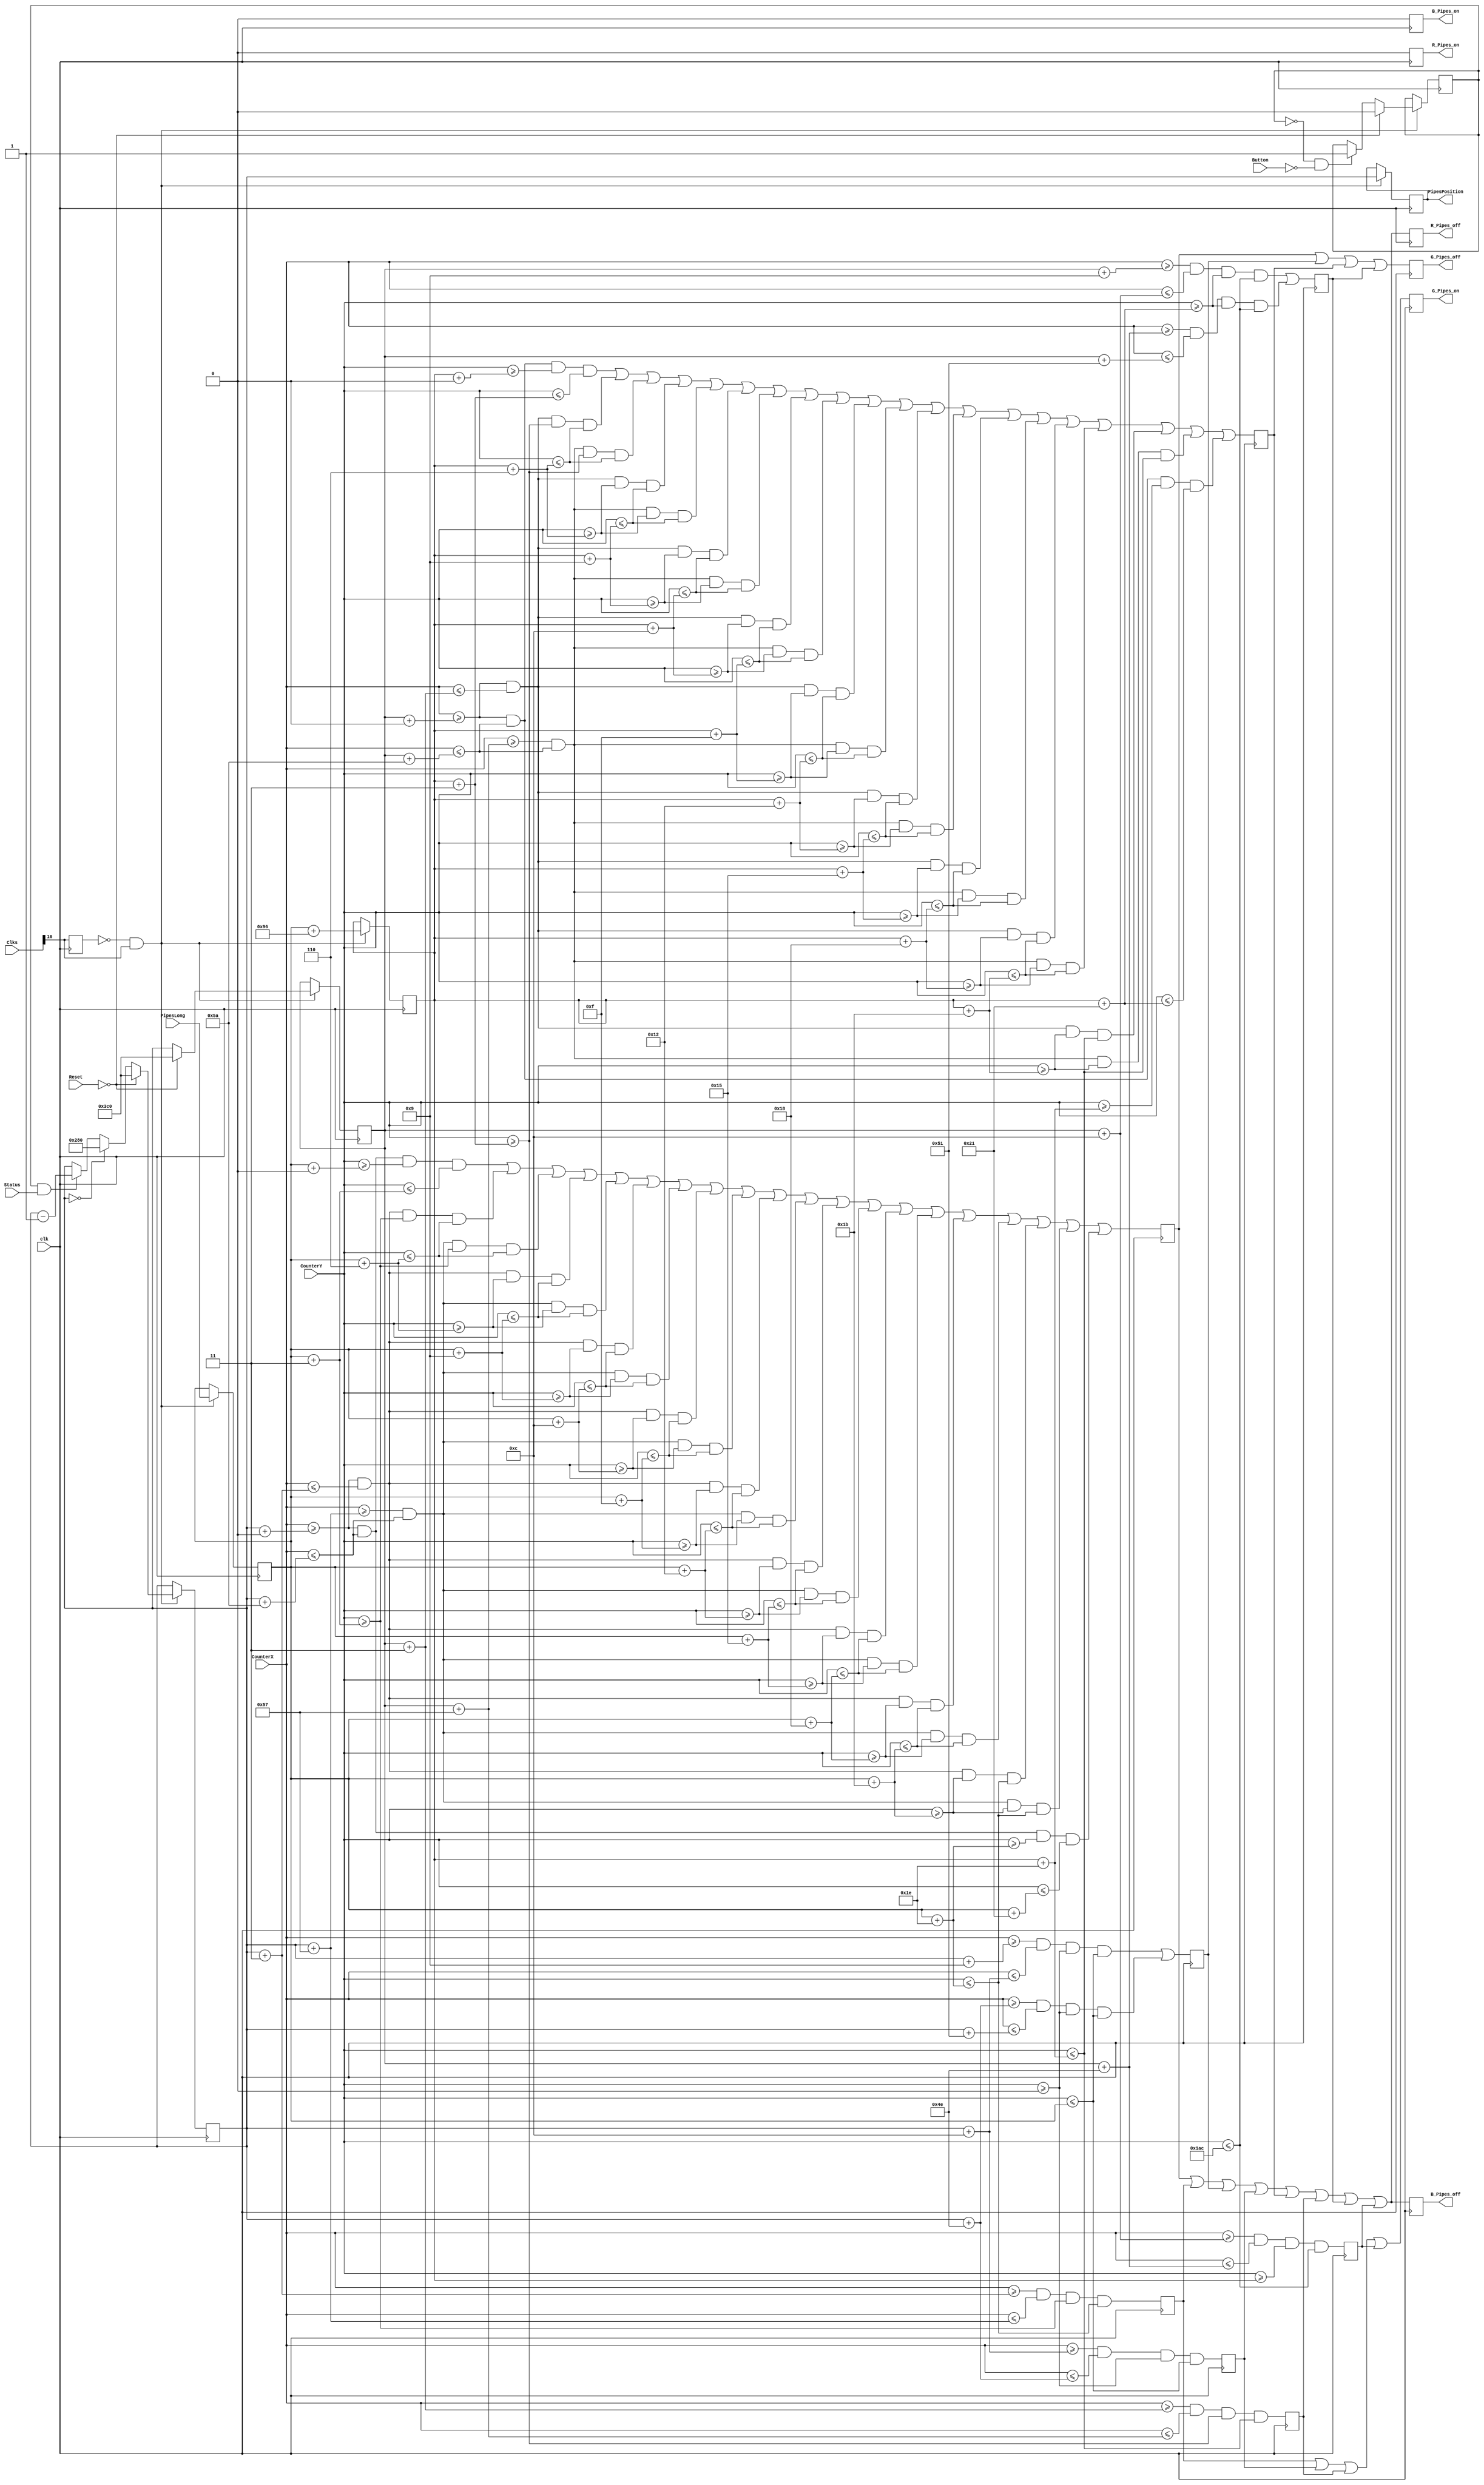
module DrawPipes2 (input clk, input [24:0] Clks,Reset,CounterX,CounterY,Button,Status,input [15:0] PipesLong,output reg R_Pipes_on,G_Pipes_on,B_Pipes_on,R_Pipes_off,G_Pipes_off,B_Pipes_off,output reg [15:0] PipesPosition);

reg PipesBlackTop,PipesGreenTop,PipesGreenBodyTop,PipesBlackBodyTop,PipesBlackBot,PipesGreenBot,PipesGreenBodyBot,PipesBlackBodyBot;
reg [15:0] TopPipesPositionX = 960;
reg [15:0] BotPipesPositionX = 960;
reg [15:0] TopPipesPositionY;
reg [15:0] BotPipesPositionY;
reg Start = 0;

always @ (posedge clk) begin : pipes2
	reg old_clks16;
	old_clks16 <= Clks[16];

	if (~old_clks16 && Clks[16]) begin
		if (Start == 0 && !Button) Start <= 1;

		if (TopPipesPositionX == 0) TopPipesPositionX <= 640;
		else if (Start && Status) TopPipesPositionX <= TopPipesPositionX - 1'd1;

		PipesPosition <= TopPipesPositionX;
		TopPipesPositionY <= PipesLong;
		BotPipesPositionX <= TopPipesPositionX;
		BotPipesPositionY <= TopPipesPositionY + 16'd150;

		if (!Reset)
		begin
		TopPipesPositionX <= 960;
		BotPipesPositionX <= 960;
		Start <= 0;
		end
	end
end



always @ (posedge clk)
begin

PipesGreenBodyTop <= (CounterX>=TopPipesPositionX+12) && (CounterX<=TopPipesPositionX+78) && (CounterY>=0) && (CounterY<=TopPipesPositionY);

PipesBlackBodyTop <= (CounterX>=TopPipesPositionX+9) && (CounterX<=TopPipesPositionX+12) && (CounterY>=0) && (CounterY<=TopPipesPositionY)
|| (CounterX>=TopPipesPositionX+78) && (CounterX<=TopPipesPositionX+81) && (CounterY>=0) && (CounterY<=TopPipesPositionY);

PipesBlackTop <= (CounterX>=TopPipesPositionX+0) && (CounterX<=TopPipesPositionX+90) && (CounterY>=TopPipesPositionY+0) && (CounterY<=TopPipesPositionY+3)
||          (CounterX>=TopPipesPositionX+0) && (CounterX<=TopPipesPositionX+3) && (CounterY>=TopPipesPositionY+3) && (CounterY<=TopPipesPositionY+6)
||          (CounterX>=TopPipesPositionX+87) && (CounterX<=TopPipesPositionX+90) && (CounterY>=TopPipesPositionY+3) && (CounterY<=TopPipesPositionY+6)
||          (CounterX>=TopPipesPositionX+0) && (CounterX<=TopPipesPositionX+3) && (CounterY>=TopPipesPositionY+6) && (CounterY<=TopPipesPositionY+9)
||          (CounterX>=TopPipesPositionX+87) && (CounterX<=TopPipesPositionX+90) && (CounterY>=TopPipesPositionY+6) && (CounterY<=TopPipesPositionY+9)
||          (CounterX>=TopPipesPositionX+0) && (CounterX<=TopPipesPositionX+3) && (CounterY>=TopPipesPositionY+9) && (CounterY<=TopPipesPositionY+12)
||          (CounterX>=TopPipesPositionX+87) && (CounterX<=TopPipesPositionX+90) && (CounterY>=TopPipesPositionY+9) && (CounterY<=TopPipesPositionY+12)
||          (CounterX>=TopPipesPositionX+0) && (CounterX<=TopPipesPositionX+3) && (CounterY>=TopPipesPositionY+12) && (CounterY<=TopPipesPositionY+15)
||          (CounterX>=TopPipesPositionX+87) && (CounterX<=TopPipesPositionX+90) && (CounterY>=TopPipesPositionY+12) && (CounterY<=TopPipesPositionY+15)
||          (CounterX>=TopPipesPositionX+0) && (CounterX<=TopPipesPositionX+3) && (CounterY>=TopPipesPositionY+15) && (CounterY<=TopPipesPositionY+18)
||          (CounterX>=TopPipesPositionX+87) && (CounterX<=TopPipesPositionX+90) && (CounterY>=TopPipesPositionY+15) && (CounterY<=TopPipesPositionY+18)
||          (CounterX>=TopPipesPositionX+0) && (CounterX<=TopPipesPositionX+3) && (CounterY>=TopPipesPositionY+18) && (CounterY<=TopPipesPositionY+21)
||          (CounterX>=TopPipesPositionX+87) && (CounterX<=TopPipesPositionX+90) && (CounterY>=TopPipesPositionY+18) && (CounterY<=TopPipesPositionY+21)
||          (CounterX>=TopPipesPositionX+0) && (CounterX<=TopPipesPositionX+3) && (CounterY>=TopPipesPositionY+21) && (CounterY<=TopPipesPositionY+24)
||          (CounterX>=TopPipesPositionX+87) && (CounterX<=TopPipesPositionX+90) && (CounterY>=TopPipesPositionY+21) && (CounterY<=TopPipesPositionY+24)
||          (CounterX>=TopPipesPositionX+0) && (CounterX<=TopPipesPositionX+3) && (CounterY>=TopPipesPositionY+24) && (CounterY<=TopPipesPositionY+27)
||          (CounterX>=TopPipesPositionX+87) && (CounterX<=TopPipesPositionX+90) && (CounterY>=TopPipesPositionY+24) && (CounterY<=TopPipesPositionY+27)
||          (CounterX>=TopPipesPositionX+0) && (CounterX<=TopPipesPositionX+3) && (CounterY>=TopPipesPositionY+27) && (CounterY<=TopPipesPositionY+30)
||          (CounterX>=TopPipesPositionX+87) && (CounterX<=TopPipesPositionX+90) && (CounterY>=TopPipesPositionY+27) && (CounterY<=TopPipesPositionY+30)
||          (CounterX>=TopPipesPositionX+0) && (CounterX<=TopPipesPositionX+90) && (CounterY>=TopPipesPositionY+30) && (CounterY<=TopPipesPositionY+33);

PipesGreenTop <= (CounterX>=TopPipesPositionX+3) && (CounterX<=TopPipesPositionX+87) && (CounterY>=TopPipesPositionY+3) && (CounterY<=TopPipesPositionY+30);

//////////////////////////////////////////////////////////////////////////////////////////////////////////////////////////////////////////////////////////////////
PipesGreenBodyBot <= (CounterX>=BotPipesPositionX+12) && (CounterX<=BotPipesPositionX+78) && (CounterY>=BotPipesPositionY) && (CounterY<=428);

PipesBlackBodyBot <= (CounterX>=BotPipesPositionX+9) && (CounterX<=BotPipesPositionX+12) && (CounterY>=BotPipesPositionY+33) && (CounterY<=428)
|| (CounterX>=BotPipesPositionX+78) && (CounterX<=BotPipesPositionX+81) && (CounterY>=BotPipesPositionY+33) && (CounterY<=428);

PipesBlackBot <= (CounterX>=BotPipesPositionX+0) && (CounterX<=BotPipesPositionX+90) && (CounterY>=BotPipesPositionY+0) && (CounterY<=BotPipesPositionY+3)
||          (CounterX>=BotPipesPositionX+0) && (CounterX<=BotPipesPositionX+3) && (CounterY>=BotPipesPositionY+3) && (CounterY<=BotPipesPositionY+6)
||          (CounterX>=BotPipesPositionX+87) && (CounterX<=BotPipesPositionX+90) && (CounterY>=BotPipesPositionY+3) && (CounterY<=BotPipesPositionY+6)
||          (CounterX>=BotPipesPositionX+0) && (CounterX<=BotPipesPositionX+3) && (CounterY>=BotPipesPositionY+6) && (CounterY<=BotPipesPositionY+9)
||          (CounterX>=BotPipesPositionX+87) && (CounterX<=BotPipesPositionX+90) && (CounterY>=BotPipesPositionY+6) && (CounterY<=BotPipesPositionY+9)
||          (CounterX>=BotPipesPositionX+0) && (CounterX<=BotPipesPositionX+3) && (CounterY>=BotPipesPositionY+9) && (CounterY<=BotPipesPositionY+12)
||          (CounterX>=BotPipesPositionX+87) && (CounterX<=BotPipesPositionX+90) && (CounterY>=BotPipesPositionY+9) && (CounterY<=BotPipesPositionY+12)
||          (CounterX>=BotPipesPositionX+0) && (CounterX<=BotPipesPositionX+3) && (CounterY>=BotPipesPositionY+12) && (CounterY<=BotPipesPositionY+15)
||          (CounterX>=BotPipesPositionX+87) && (CounterX<=BotPipesPositionX+90) && (CounterY>=BotPipesPositionY+12) && (CounterY<=BotPipesPositionY+15)
||          (CounterX>=BotPipesPositionX+0) && (CounterX<=BotPipesPositionX+3) && (CounterY>=BotPipesPositionY+15) && (CounterY<=BotPipesPositionY+18)
||          (CounterX>=BotPipesPositionX+87) && (CounterX<=BotPipesPositionX+90) && (CounterY>=BotPipesPositionY+15) && (CounterY<=BotPipesPositionY+18)
||          (CounterX>=BotPipesPositionX+0) && (CounterX<=BotPipesPositionX+3) && (CounterY>=BotPipesPositionY+18) && (CounterY<=BotPipesPositionY+21)
||          (CounterX>=BotPipesPositionX+87) && (CounterX<=BotPipesPositionX+90) && (CounterY>=BotPipesPositionY+18) && (CounterY<=BotPipesPositionY+21)
||          (CounterX>=BotPipesPositionX+0) && (CounterX<=BotPipesPositionX+3) && (CounterY>=BotPipesPositionY+21) && (CounterY<=BotPipesPositionY+24)
||          (CounterX>=BotPipesPositionX+87) && (CounterX<=BotPipesPositionX+90) && (CounterY>=BotPipesPositionY+21) && (CounterY<=BotPipesPositionY+24)
||          (CounterX>=BotPipesPositionX+0) && (CounterX<=BotPipesPositionX+3) && (CounterY>=BotPipesPositionY+24) && (CounterY<=BotPipesPositionY+27)
||          (CounterX>=BotPipesPositionX+87) && (CounterX<=BotPipesPositionX+90) && (CounterY>=BotPipesPositionY+24) && (CounterY<=BotPipesPositionY+27)
||          (CounterX>=BotPipesPositionX+0) && (CounterX<=BotPipesPositionX+3) && (CounterY>=BotPipesPositionY+27) && (CounterY<=BotPipesPositionY+30)
||          (CounterX>=BotPipesPositionX+87) && (CounterX<=BotPipesPositionX+90) && (CounterY>=BotPipesPositionY+27) && (CounterY<=BotPipesPositionY+30)
||          (CounterX>=BotPipesPositionX+0) && (CounterX<=BotPipesPositionX+90) && (CounterY>=BotPipesPositionY+30) && (CounterY<=BotPipesPositionY+33);

PipesGreenBot <= (CounterX>=BotPipesPositionX+3) && (CounterX<=BotPipesPositionX+87) && (CounterY>=BotPipesPositionY+3) && (CounterY<=BotPipesPositionY+30);


G_Pipes_on <= PipesGreenTop | PipesGreenBodyTop | PipesGreenBot | PipesGreenBodyBot;
R_Pipes_on <= 0;
B_Pipes_on <= 0;

R_Pipes_off <= PipesBlackTop | PipesGreenTop | PipesBlackBodyTop | PipesGreenBodyTop | PipesBlackBot | PipesGreenBot | PipesBlackBodyBot | PipesGreenBodyBot;
G_Pipes_off <= PipesBlackTop | PipesBlackBodyTop | PipesBlackBot | PipesBlackBodyBot;
B_Pipes_off <= PipesBlackTop | PipesGreenTop | PipesBlackBodyTop | PipesGreenBodyTop | PipesBlackBot | PipesGreenBot | PipesBlackBodyBot | PipesGreenBodyBot;

end
endmodule